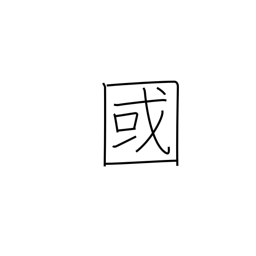
Meaning: country